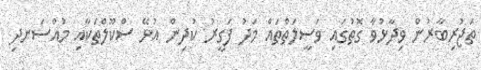
ތަޖުރިބާރުން ވިދާޅުވާ ގޮތުގައި ވަސީލަތްތައް މަދު ފަގީރު ކުދިން އުޅޭ ސްކޫލްތަކާއި މުއްސަނދި